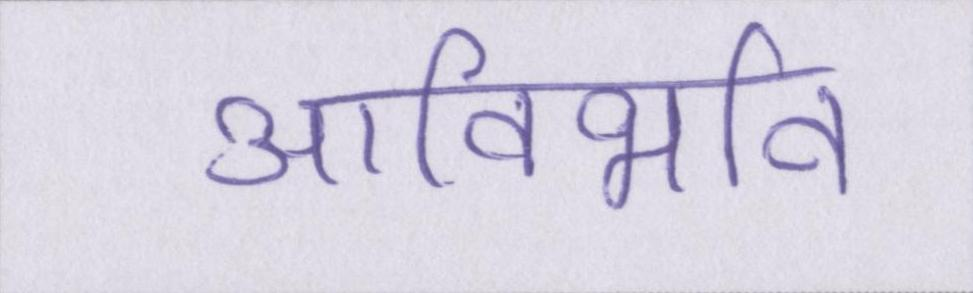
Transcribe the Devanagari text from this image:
आविर्भाव